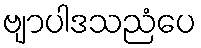
ဗျာပါဒသညံပေ